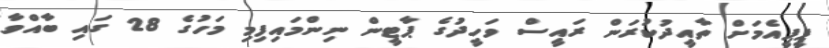
ޕީޕީއެމަށް ތާއީދުކުރަން ރައީސް ވަހީދުގެ ޕާޓީން ނިންމައިފިމި މަހުގެ 28 ގައި ބާއްވާ